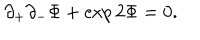
\partial _ { + } \partial _ { - } \Phi + \exp { 2 \Phi } = 0 .